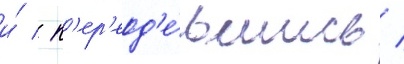
и́ / п'ер'еод'е́вшись /